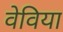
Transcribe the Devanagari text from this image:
वेविया